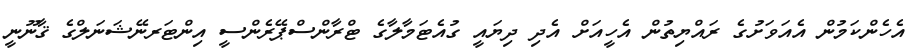
އެހެންކަމުން އެއަވަށުގެ ރައްޔިތުން އެހީއަށް އެދި ދިޔައީ ގުއެޓަމާލާގެ ޓްރާންސްޕޭރެންސީ އިންޓަރނޭޝަނަލްގެ ޤާނޫނީ